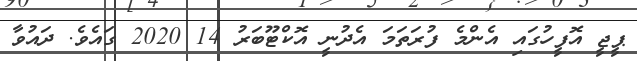
ޕީޖީ އޮފީހުގައި އެންމެ ފުރަތަމަ އެދުނީ އޮކްޓޫބަރު 14 2020 ގައެވެ. ދައުވާ